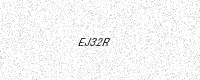
Text: EJ32R